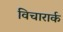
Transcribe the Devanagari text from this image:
विचारार्क